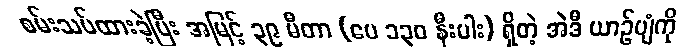
စမ်းသပ်ထားခဲ့ပြီး အမြင့် ၃၉ မီတာ (ပေ ၁၃၀ နီးပါး) ရှိတဲ့ အဲဒီ ယာဉ်ပျံကို